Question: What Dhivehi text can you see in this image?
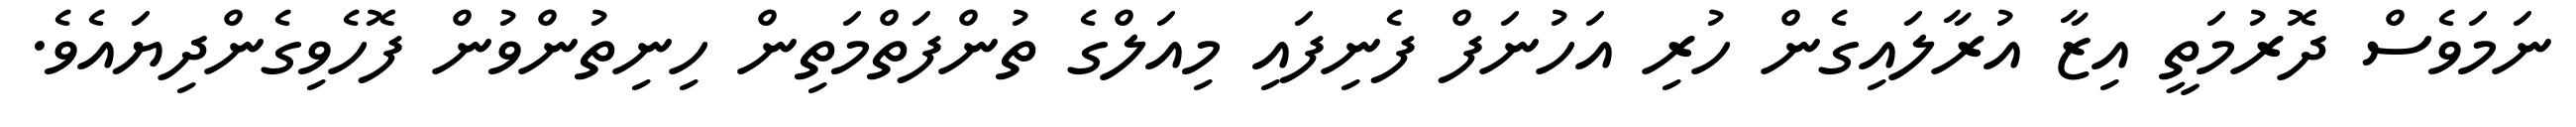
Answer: ނަމަވެސް ދޮރުމަތީ އިޒާ އުރާލައިގެން ހުރި އަހުނަފް ފެނިފައި މިއަލްގެ ތުންފަތްމަތިން ހިނިތުންވުން ފޮހެވިގެންދިޔައެވެ.